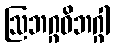
ဩဘဂ္ဂဝိဘဂ္ဂါ